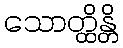
သောတ္ထိန္တိ